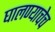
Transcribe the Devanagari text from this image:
घालण्याचेच